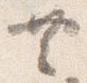
共